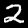
Label: 2